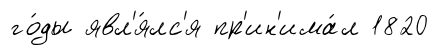
го́ды явл'я́лс'я пр'ин'има́л 1820